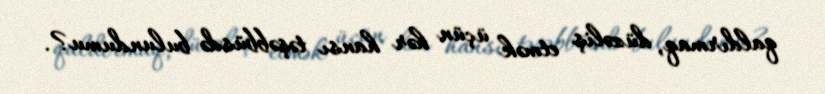
qaldırmaq, düzəliş etmək üçün hər hansı təşəbbüsdə bulundumu?.